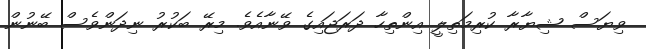
ވިޔަސް ޝިޔާރާ ކުރިމަތިލީ އިންތިހާ ދަރަޖައިގެ ވޭނާއެވެ. މިރޭ ބަކުރު ނިދަންވެސް ބޭނުން